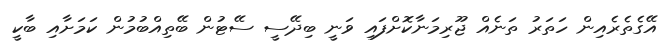
އޭގެތެރެއިން ހަތަރު ތަނެއް ޖޫރިމަނާކޮށްފައި ވަނީ ބިދޭސީ ސޭޓުން ބޭތިއްބުމުން ކަމަށާއި ބާކީ